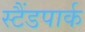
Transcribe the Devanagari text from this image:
स्टैंडपार्क